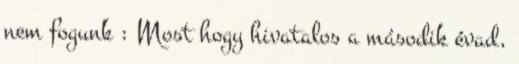
nem fogunk : Most hogy hivatalos a második évad,